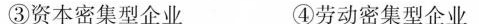
③资本密集型企业 ④劳动密集型企业